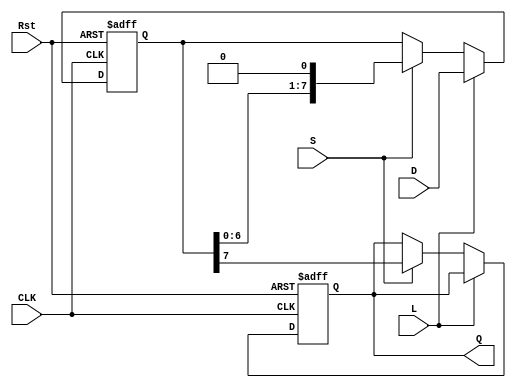
module PISO_Register #(
    parameter WIDTH = 8  // Width of the register
)(
    input wire [WIDTH-1:0] D,  // Parallel data inputs
    input wire L,               // Load control signal
    input wire S,               // Shift control signal
    input wire CLK,             // Clock signal
    input wire Rst,             // Asynchronous reset signal
    output reg Q                // Serial output
);

    reg [WIDTH-1:0] R;          // Shift register

    always @(posedge CLK or posedge Rst) begin
        if (Rst) begin
            R <= {WIDTH{1'b0}};  // Clear the shift register
            Q <= 1'b0;           // Clear the serial output
        end else begin
            if (L) begin
                R <= D;          // Load parallel data into the shift register
            end else if (S) begin
                Q <= R[WIDTH-1];  // Output the MSB to Q
                R <= {R[WIDTH-2:0], 1'b0}; // Shift right and fill with 0
            end
            // If neither L nor S are asserted, retain the current state
        end
    end

endmodule